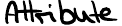
Attribute